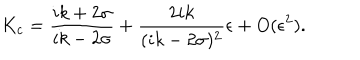
K _ { c } = \frac { i k + 2 \sigma } { i k - 2 \sigma } + \frac { 2 i k } { ( i k - 2 \sigma ) ^ { 2 } } \epsilon + O ( \epsilon ^ { 2 } ) .